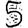
Digit: 5